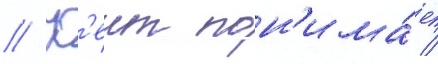
// К'еит пон'има́ет /